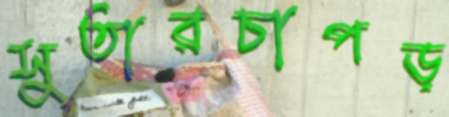
সুতারচাপড়